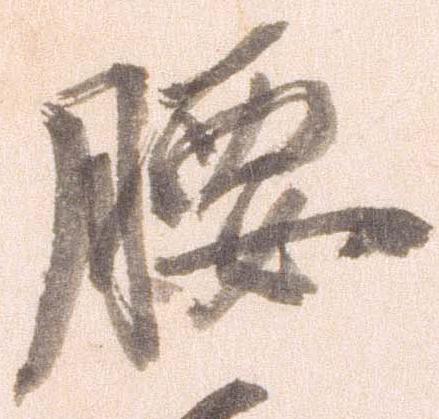
腰